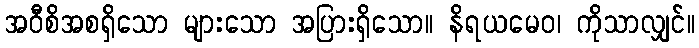
အဝီစိအစရှိသော များသော အပြားရှိသော။ နိရယမေဝ၊ ကိုသာလျှင်။